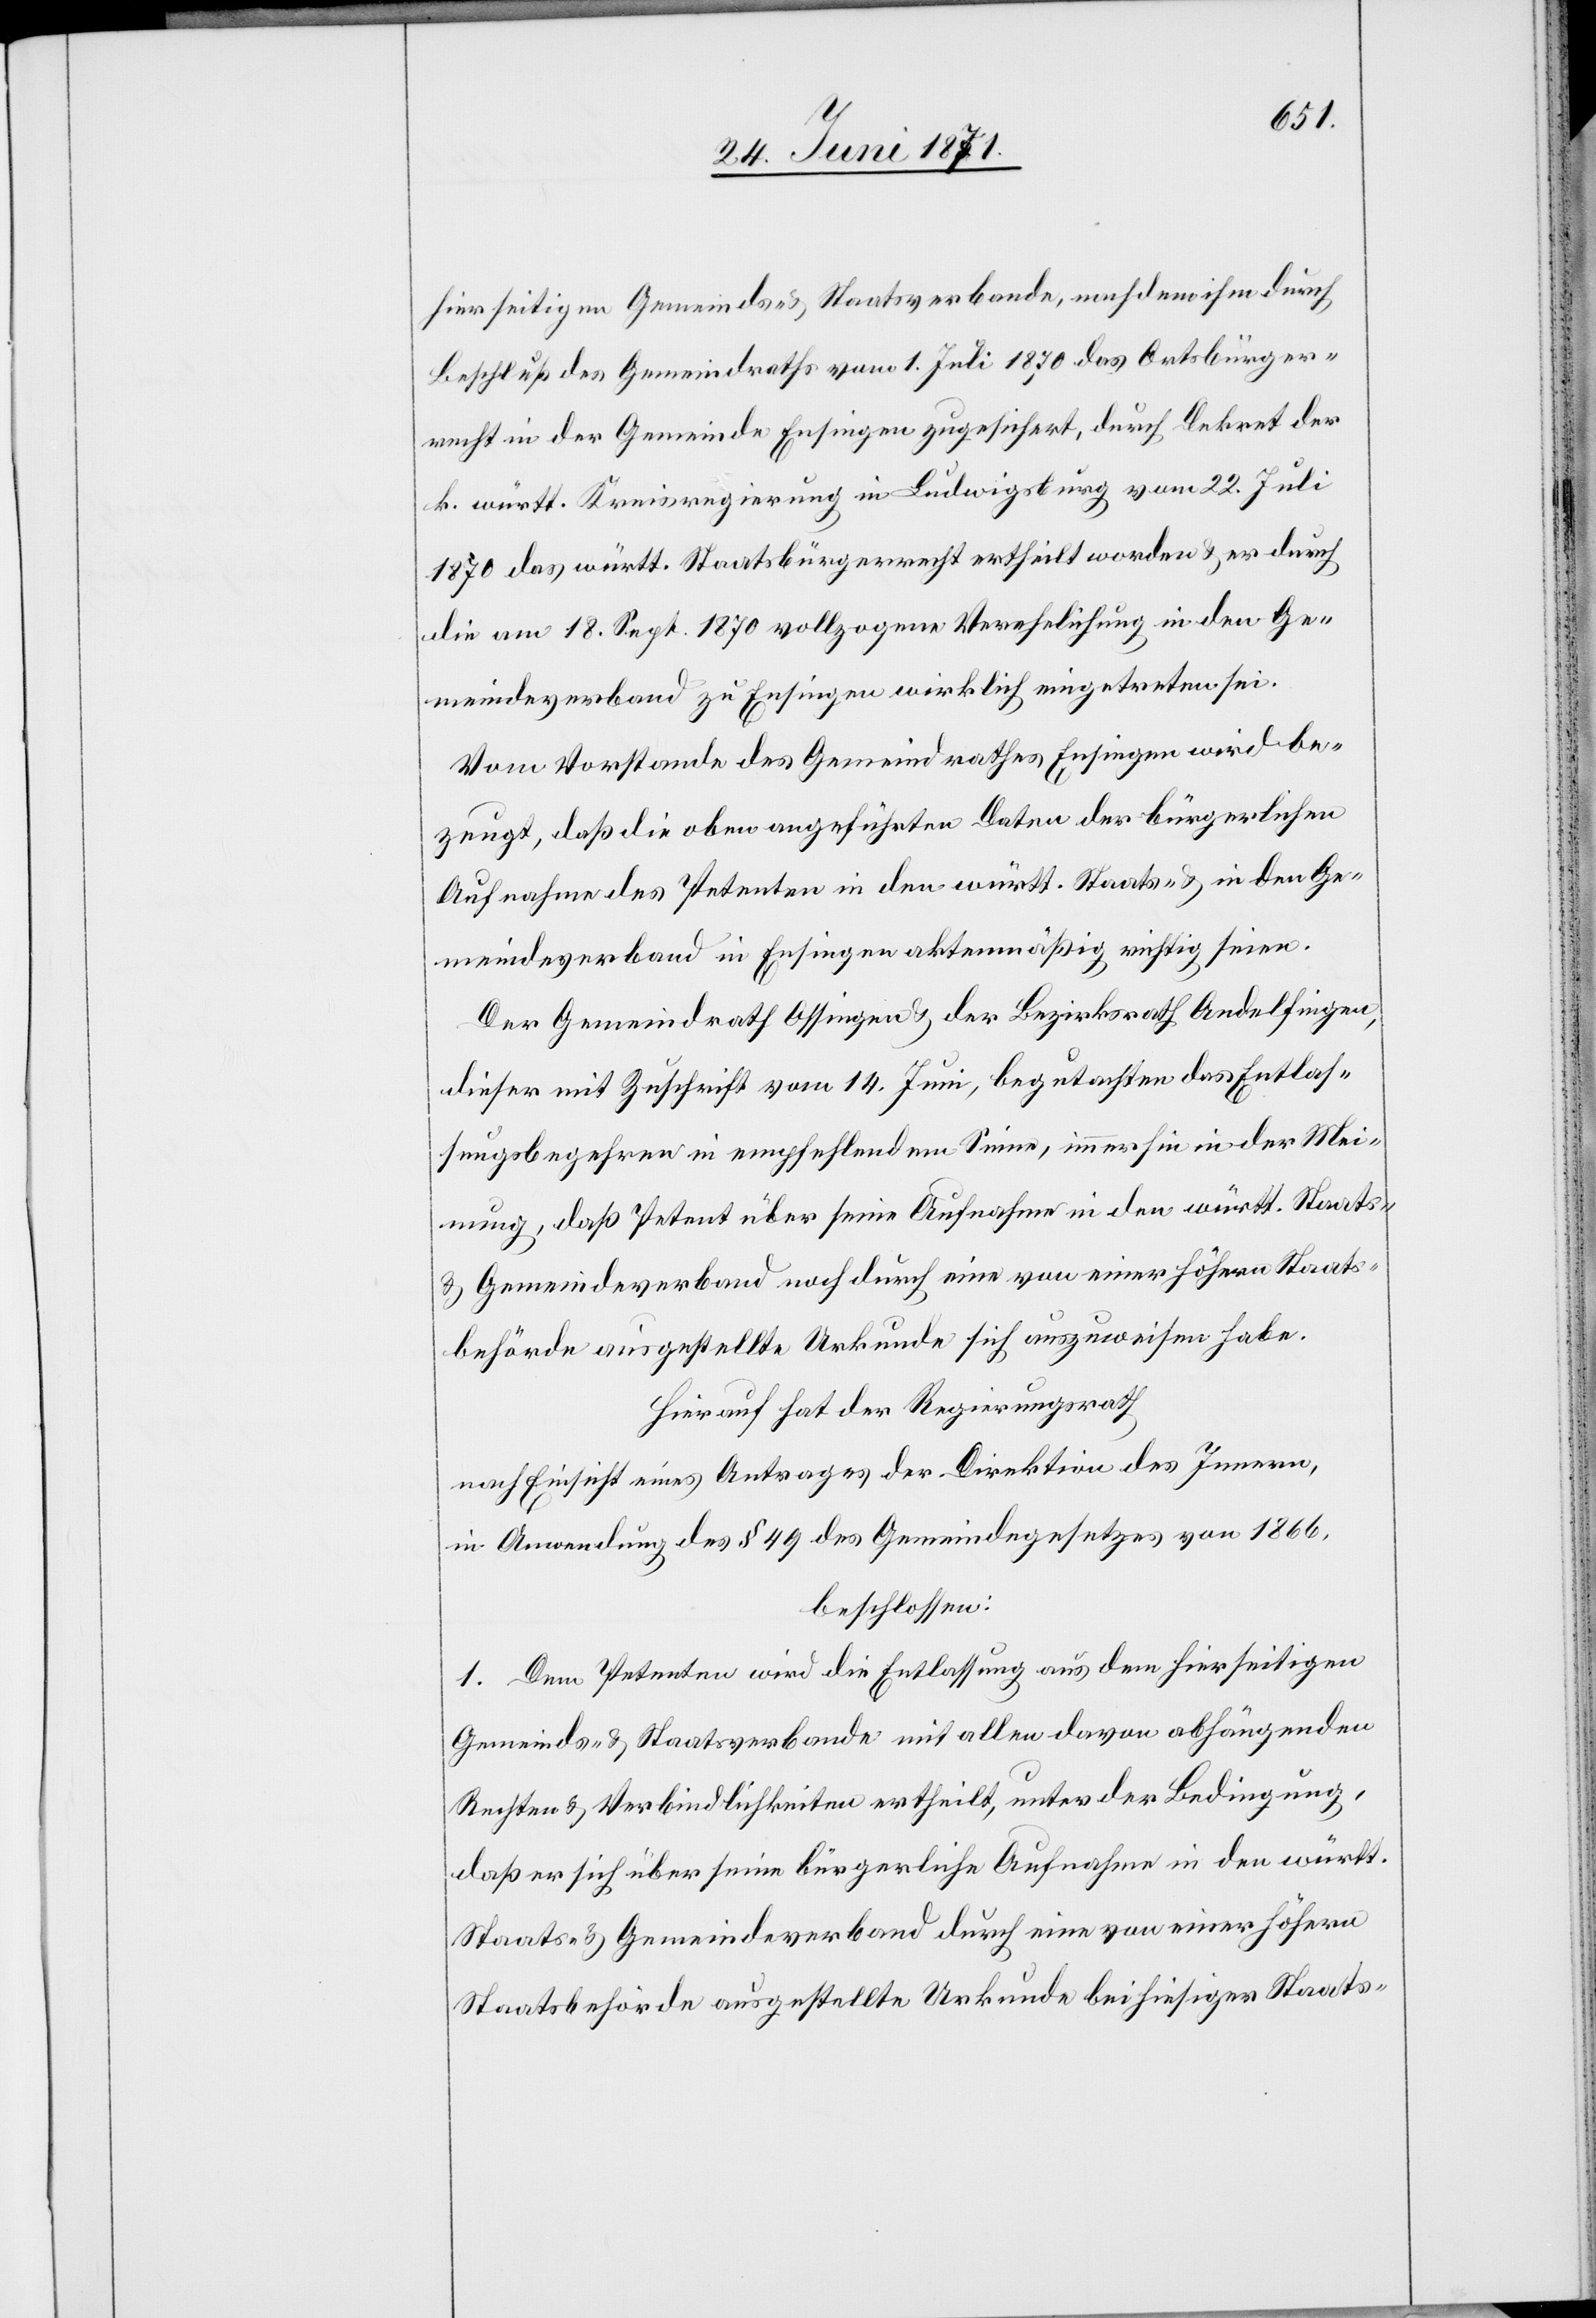
hierseitigen Gemeinds- u. Staatsverbande, nachdem ihm durch
Beschluß des Gemeindraths vom 1. Juli 1870 das Ortsbürger¬
recht in der Gemeinde Ensingen zugesichert, durch Dekret der
k. württ. Kreisregierung in Ludwigsburg vom 22. Juli
1870 das württ. Staatsbürgerrecht ertheilt worden u. er durch
die am 18. Sept. 1870 vollzogene Verehelichung in den Ge¬
meindeverband zu Ensingen wirklich eingetreten sei.
Vom Vorstande des Gemeindrathes Ensingen wird be¬
zeugt, daß die oben angeführten Daten der bürgerlichen
Aufnahme des Petenten in den württ. Staats- u. in den Ge¬
meindeverband in Ensingen aktenmäßig richtig seien.
Der Gemeindrath Ossingen u. der Bezirksrath Andelfingen,
dieser mit Zuschrift vom 14. Juni, begutachten das Entlas¬
sungsbegehren in empfehlendem Sinne, immerhin in der Mei¬
nung, daß Petent über seine Aufnahme in den württ. Staats-
u. Gemeindeverband noch durch eine von einer höhern Staats¬
behörde ausgestellte Urkunde sich auszuweisen habe.
Hierauf hat der Regierungsrath
nach Einsicht eines Antrages der Direktion des Innern,
in Anwendung des § 49 des Gemeindegesetzes von 1866,
beschlossen:
1. Dem Petenten wird die Entlassung aus dem hierseitigen
Gemeinds- u. Staatsverbande mit allen davon abhängenden
Rechten u. Verbindlichkeiten ertheilt, unter der Bedingung,
daß er sich über seine bürgerliche Aufnahme in den württ.
Staats u. Gemeindeverband durch eine von einer höhern
Staatsbehörde ausgestellte Urkunde bei hiesiger Staats-